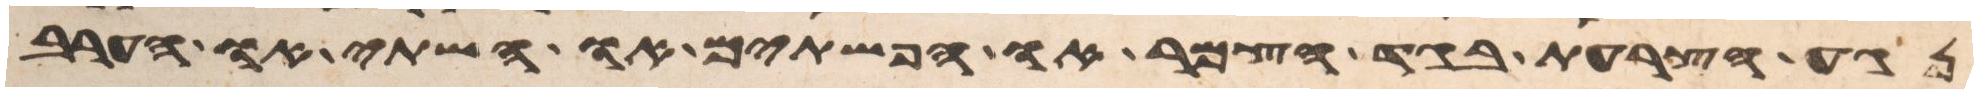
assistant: נגע הצרעת בגד הצמר או הפשתים או השתי או הערב